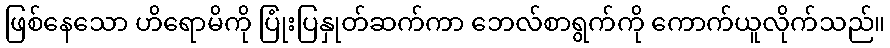
ဖြစ်နေသော ဟိရောမိကို ပြုံးပြနှုတ်ဆက်ကာ ဘေလ်စာရွက်ကို ကောက်ယူလိုက်သည်။